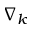
\nabla _ { k }